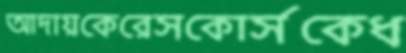
আদায়কেরেসকোর্সকেধ